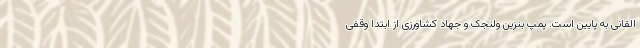
القانی به پایین است. پمپ بنزین ولنجک و جهاد کشاورزی از ابتدا وقفی